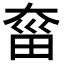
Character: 𡙂